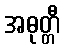
အဓုတ္တီ